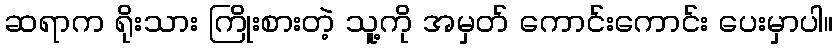
ဆရာက ရိုးသား ကြိုးစားတဲ့ သူ့ကို အမှတ် ကောင်းကောင်း ပေးမှာပါ။